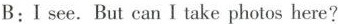
B:I see.But can I take photos here?